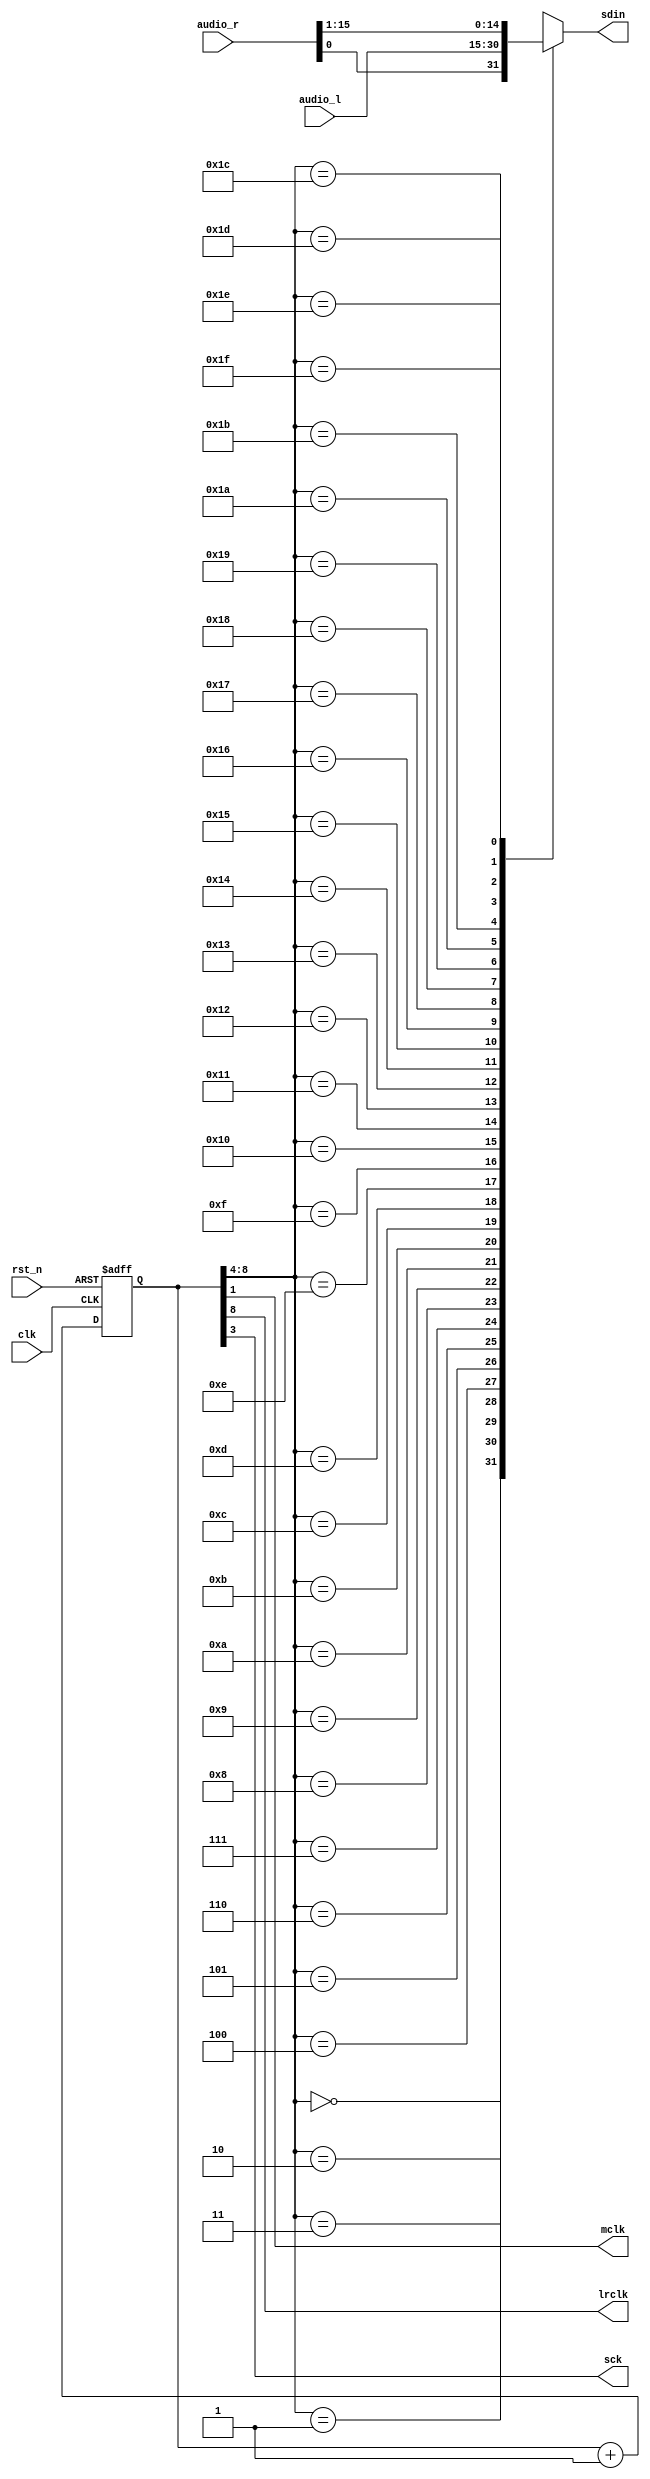
`timescale 1ns / 1ps
//////////////////////////////////////////////////////////////////////////////////
// Company: 
// Engineer: 
// 
// Design Name: 
// Module Name: speaker
// Project Name: 
// Target Devices: 
// Tool Versions: 
// Description: 
// 
// Dependencies: 
// 
// Revision:
// Revision 0.01 - File Created
// Additional Comments:
// 
//////////////////////////////////////////////////////////////////////////////////


module speaker(
    output mclk,
    output lrclk,
    output sck,
    output reg sdin,
    input [15:0] audio_l,
    input [15:0] audio_r,
    input clk,
    input rst_n
    );
    
    reg [8:0] cnt;
    wire [8:0] next_cnt;
    
    assign mclk = cnt[1];
    assign sck = cnt[3];
    assign lrclk = cnt[8];
    
    always @(posedge clk or negedge rst_n)
    begin
        if(rst_n == 0)
        begin
            cnt <= 9'd0;
        end
        else
        begin
            cnt <= next_cnt;
        end
    end
    
    assign next_cnt = cnt + 9'd1;
    
    always @*
    begin
        case(cnt[8:4])
            5'd0: sdin = audio_r[0];
            5'd1: sdin = audio_l[15];
            5'd2: sdin = audio_l[14];
            5'd3: sdin = audio_l[13];
            5'd4: sdin = audio_l[12];
            5'd5: sdin = audio_l[11];
            5'd6: sdin = audio_l[10];
            5'd7: sdin = audio_l[9];
            5'd8: sdin = audio_l[8];
            5'd9: sdin = audio_l[7];
            5'd10: sdin = audio_l[6];
            5'd11: sdin = audio_l[5];
            5'd12: sdin = audio_l[4];
            5'd13: sdin = audio_l[3];
            5'd14: sdin = audio_l[2];
            5'd15: sdin = audio_l[1];
            5'd16: sdin = audio_l[0];
            5'd17: sdin = audio_r[15];
            5'd18: sdin = audio_r[14];
            5'd19: sdin = audio_r[13];
            5'd20: sdin = audio_r[12];
            5'd21: sdin = audio_r[11];
            5'd22: sdin = audio_r[10];
            5'd23: sdin = audio_r[9];
            5'd24: sdin = audio_r[8];
            5'd25: sdin = audio_r[7];
            5'd26: sdin = audio_r[6];
            5'd27: sdin = audio_r[5];
            5'd28: sdin = audio_r[4];
            5'd29: sdin = audio_r[3];
            5'd30: sdin = audio_r[2];
            5'd31: sdin = audio_r[1];
        endcase
    end
    
endmodule